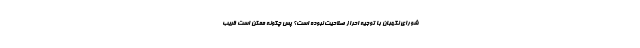
شورای نگهبان با توجیه احراز صلاحیت نبوده است؟ پس چگونه ممکن است قریب